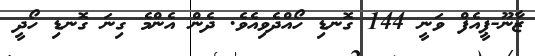
ޒާނޫ-ޕީއެފް ވަނީ 144 ގޮނޑި ހޯއްދެވިއެވެ. ދެން އެންމެ ގިނަ ގޮނޑި ހޯދީ